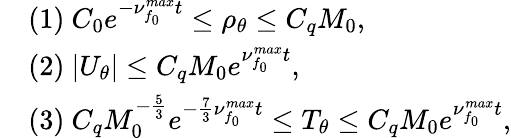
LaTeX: \begin{array}{rl}&{(1)~C_{0}e^{-\nu_{f_{0}}^{max}t}\leq\rho_{\theta}\leq C_{q}M_{0},}\\ &{(2)~|U_{\theta}|\leq C_{q}M_{0}e^{\nu_{f_{0}}^{max}t},}\\ &{(3)~C_{q}M_{0}^{-\frac{5}{3}}e^{-\frac{7}{3}\nu_{f_{0}}^{max}t}\leq T_{\theta}\leq C_{q}M_{0}e^{\nu_{f_{0}}^{max}t},}\end{array}